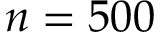
n = 5 0 0